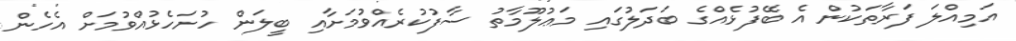
އަމިއްލަ ފަރާތަކުން އެ ބޭފުޅެއްގެ ބަދަލުގައި މަޢުލޫމާތު ސާފުކުރެއްވުމަށާއި ބީލަން ހުށަހެޅުއްވުމަށް އެހެން